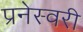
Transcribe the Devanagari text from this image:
प्रनेस्वरी